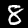
Label: 8